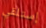
إستلقي